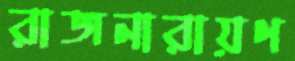
রাজনারায়ণ